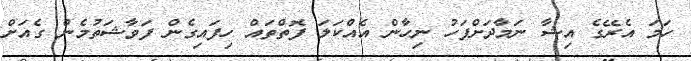
ހަމަ އެރޭގެ އިޝާ ނަމާދަށްފަހު ނިހާން އެއްކަލަ ފޮތްތައް ހިފައިގެން ފަވާޝަތުމެން ގެއަށް